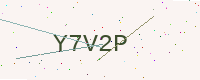
Text: Y7V2P